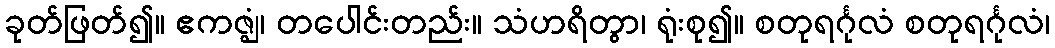
ခုတ်ဖြတ်၍။ ဧကဇ္ဈံ၊ တပေါင်းတည်း။ သံဟရိတွာ၊ ရုံးစု၍။ စတုရင်္ဂုလံ စတုရင်္ဂုလံ၊